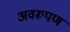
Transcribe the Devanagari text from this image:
अवरूपण